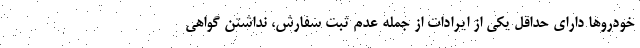
خودروها دارای حداقل یکی از ایرادات از جمله عدم ثبت سفارش، نداشتن گواهی